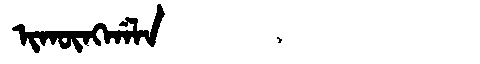
Manchu: ᡳᡴᡡᠩᡤᠠᠯᠠ
Romanization: IKŪNGGALA